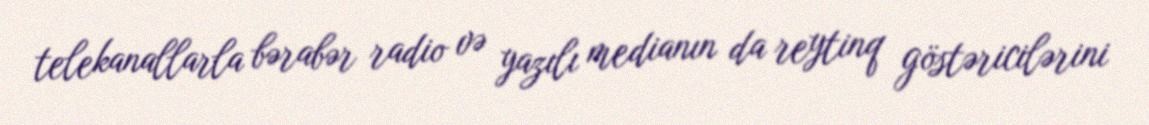
telekanallarla bərabər radio və yazılı medianın da reytinq göstəricilərini